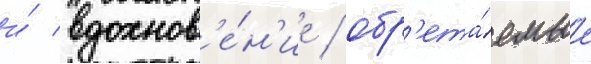
и́ вдохнов'е́н'ие / обр'ета́емые